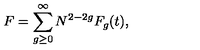
F = \sum _ { g \ge 0 } ^ { \infty } N ^ { 2 - 2 g } F _ { g } ( t ) ,